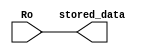
module STD (
    input wire [19:0] Ro, // Data to be stored
    output reg [19:0] stored_data // Stored data
);

// Assign the stored data to the output using combinational logic
always @*
    stored_data = Ro;

endmodule